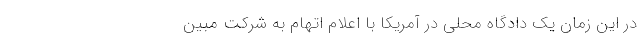
در این زمان یک دادگاه محلی در آمریکا با اعلام اتهام به شرکت مبین